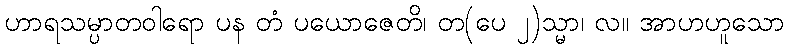
ဟာရသမ္ပာတဝါရော ပန တံ ပယောဇေတိ၊ တ(ပေ ၂)သ္မာ၊ လ။ အာဟဟူသော